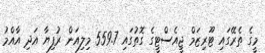
މީގެ ތެރޭގައި ޓޫރިޒަމް ޖީއެސްޓީގެ ގޮތުގައި 559.7 މިލިއަން ރުފިޔާ އަދި އާއްމު